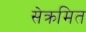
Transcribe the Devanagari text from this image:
सेक्रमित